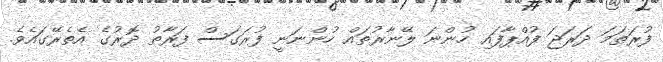
ފުރަތަމަ ދަރަޖަ ފުއްޕާފައި ހުންނަ ލޭނާރުތައް ހުންނަނީ ފުރަގަސް ފަރާތު ދޮރުގެ އެތެރޭގައެވެ.